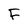
Character: F